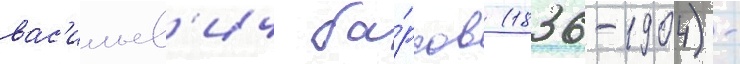
вас'ильев'ич ба́рсов (1836-1904) -